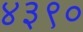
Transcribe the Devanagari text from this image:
४३९०